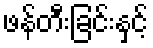
ဖန်တီးခြင်းနှင့်